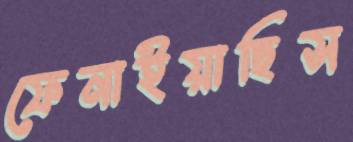
ফেনাইয়াছিস